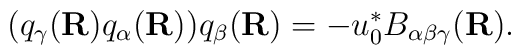
(q_{\gamma}({\bf R}) q_{\alpha}({\bf R})) q_{\beta}({\bf R}) = - u_{0}^{*}                       B_{\alpha \beta \gamma}({\bf R}).